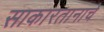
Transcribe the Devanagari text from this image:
साकारतानाचे